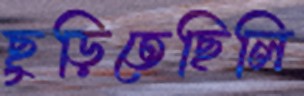
ছুড়িতেছিলি